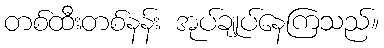
တစ်ထီးတစ်နန်း အုပ်ချုပ်နေကြသည်။